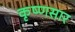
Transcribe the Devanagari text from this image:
कृष्णसार